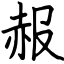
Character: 赧